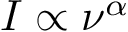
I \propto { \nu } ^ { \alpha }